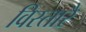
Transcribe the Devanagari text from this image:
विस्तारै